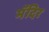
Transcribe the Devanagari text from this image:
मॅदिर